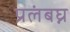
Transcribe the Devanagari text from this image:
प्रलंबघ्न